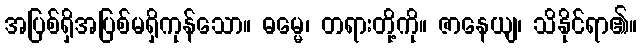
အပြစ်ရှိအပြစ်မရှိကုန်သော။ ဓမ္မေ၊ တရားတို့ကို။ ဇာနေယျ၊ သိနိုင်ရာ၏။